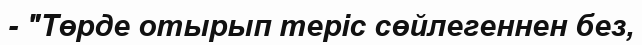
- "Төрде отырып теріс сөйлегеннен без,